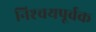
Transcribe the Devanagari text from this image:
निश्‍चयपूर्वक